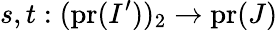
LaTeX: s,t:(\mathrm{pr}(I^{\prime}))_{2}\to\mathrm{pr}(J)